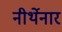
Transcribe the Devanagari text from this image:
नीर्थेनार